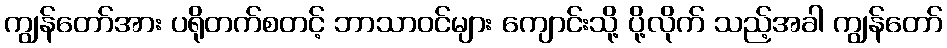
ကျွန်တော်အား ပရိုတက်စတင့် ဘာသာဝင်များ ကျောင်းသို့ ပို့လိုက် သည့်အခါ ကျွန်တော်